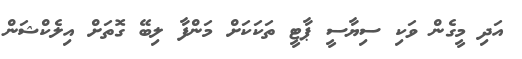
އަދި މީގެން ވަކި ސިޔާސީ ޕާޓީ ތަކަކަށް މަންފާ ލިބޭ ގޮތަށް އިލެކްޝަން